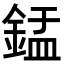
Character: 𬫢